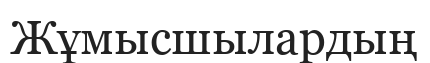
Жұмысшылардың